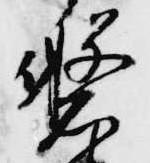
磐